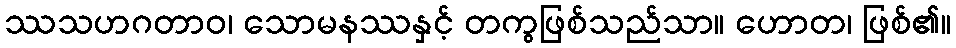
ဿသဟဂတာဝ၊ သောမနဿနှင့် တကွဖြစ်သည်သာ။ ဟောတ၊ ဖြစ်၏။